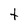
Character: t